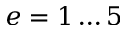
e = 1 \dots 5